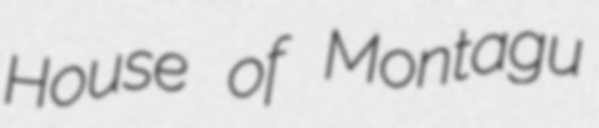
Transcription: House of Montagu